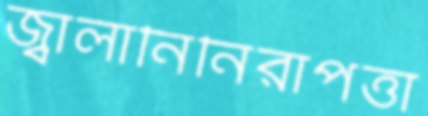
জ্বালানিনিরাপত্তা